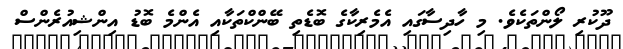
ދޫކުރި ލޯންތަކެވެ. މި ހާދިސާގައި އެމެރިކާގެ ބޮޑެތި ބޭންކްތަކާއި އެންމެ ބޮޑު އިންޝިއުރެންސް